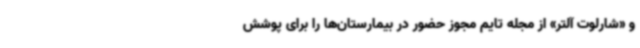
و «شارلوت آلتر» از مجله تایم مجوز حضور در بیمارستان‌ها را برای پوشش